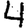
Digit: 4